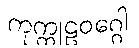
ကုက္ကုဠဝဂ္ဂေါ